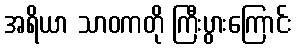
အရိယာ သာဝကတို ကြီးပွားကြောင်း